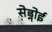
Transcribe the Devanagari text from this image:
सेड्नोई